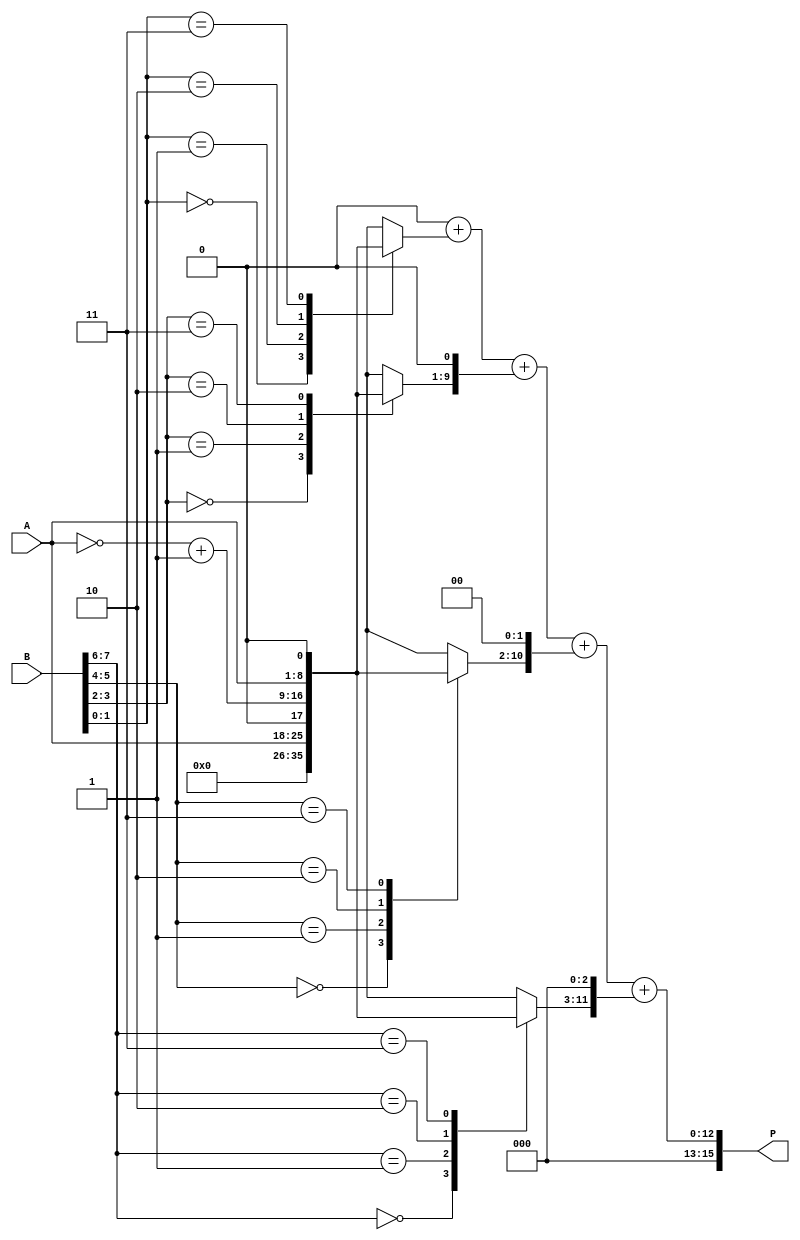
module radix4_multiplier #(parameter WIDTH = 8) (
    input  wire [WIDTH-1:0] A,      // Multiplicand
    input  wire [WIDTH-1:0] B,      // Multiplier
    output reg [2*WIDTH-1:0] P      // Product
);
    reg [WIDTH-1:0] A_neg;            // Negative of A
    reg [WIDTH:0] pp [0:WIDTH/2-1];  // Partial products
    reg [WIDTH-1:0] B_ext;            // Extended B for Booth's encoding
    integer i;

    // Calculate the negative of A (2's complement)
    always @(*) begin
        A_neg = ~A + 1'b1;
    end

    // Extend multiplier B to B_ext for Booth encoding
    always @(*) begin
        B_ext = {1'b0, B}; // MSB extension for Booth's algorithm
        for (i = 0; i < WIDTH/2; i = i + 1) begin
            case (B_ext[i*2+1:i*2])
                2'b00: pp[i] = 0;            // Generate 0
                2'b01: pp[i] = A;            // Generate A
                2'b10: pp[i] = A_neg;        // Generate -A (2's complement)
                2'b11: pp[i] = {A, 1'b0};    // Generate 2A (left shift A)
                default: pp[i] = 0;
            endcase
        end
    end

    // Accumulate partial products
    always @(*) begin
        P = 0; // Initialize product
        for (i = 0; i < WIDTH/2; i = i + 1) begin
            P = P + (pp[i] << (i*1)); // Align partial products based on position
        end
    end

endmodule